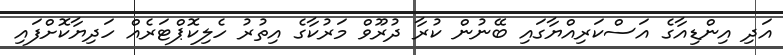
އަދި އިންޑިއާގެ އަސްކަރިއްޔާގައި ބޭނުން ކުރާ ދުރޫވް މަރުކާގެ އިތުރު ހެލިކޮޕްޓަރެއް ހަދިޔާކޮށްފައި